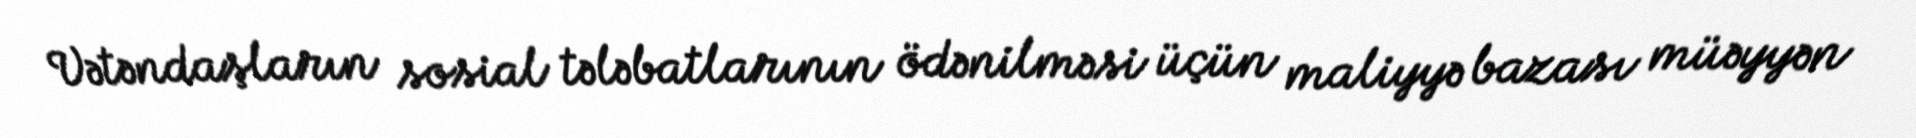
Vətəndaşların sosial tələbatlarının ödənilməsi üçün maliyyə bazası müəyyən